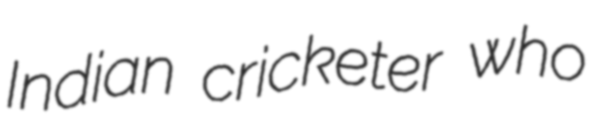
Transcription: Indian cricketer who